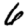
Digit: 6